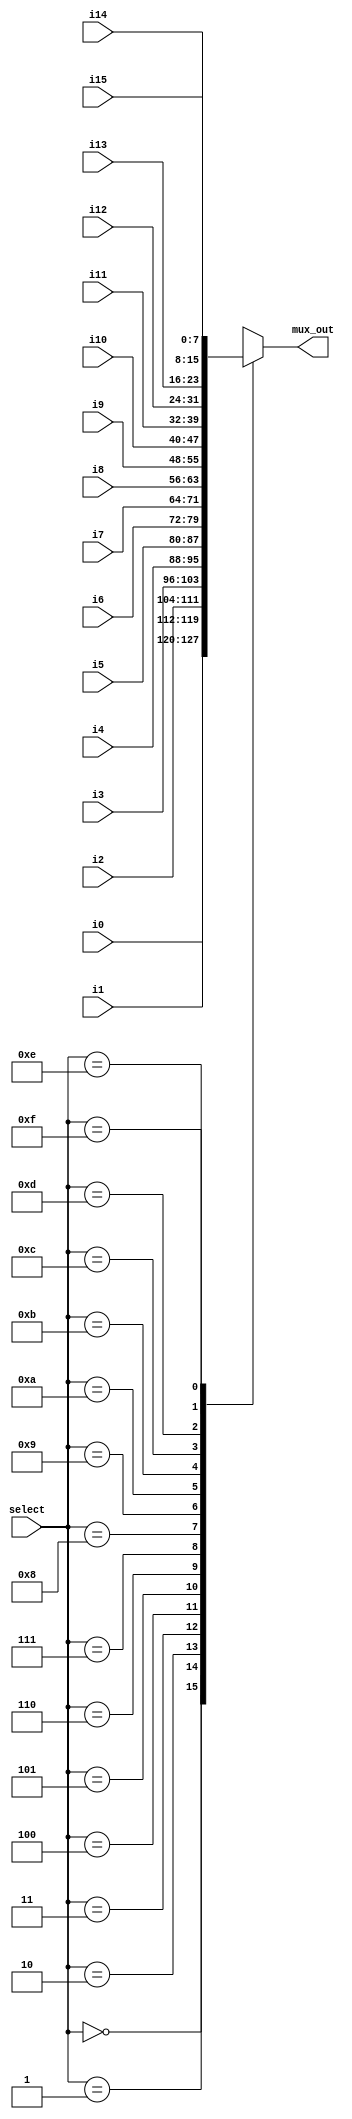
// **************************************************************
// You are not permitted to modify this file.
// ****************************************************************
//  Created by Tom Martin
//  15 October 2012
//
//
// mux16_1_8bits is a 16-to-1 mux that is 8 bits wide
// 

module mux16_1_8bits(mux_out, select, i15, i14, i13, i12, i11, i10, i9, i8, i7, i6, i5, i4, i3, i2, i1, i0);
	output [7:0] mux_out;
	input [3:0] select;
	input [7:0] i15, i14, i13, i12, i11, i10, i9, i8, i7, i6, i5, i4, i3, i2, i1, i0;
	
	
	reg [7:0] mux_out;
	// The syntax of the always statement is that i
	always @(select, i15, i14, i13, i12, i11, i10, i9, i8, i7, i6, i5, i4, i3, i2, i1, i0)
	begin	
		// x and z values are NOT treated as don't-care's
		case(select)
			4'd0: mux_out = i0;
			4'd1: mux_out = i1;
			4'd2: mux_out = i2;
			4'd3: mux_out = i3;
			4'd4: mux_out = i4;
			4'd5: mux_out = i5;
			4'd6: mux_out = i6;
			4'd7: mux_out = i7;
			4'd8: mux_out = i8;
			4'd9: mux_out = i9;
			4'd10: mux_out = i10;
			4'd11: mux_out = i11;
			4'd12: mux_out = i12;
			4'd13: mux_out = i13;
			4'd14: mux_out = i14;
			4'd15: mux_out = i15;
			// The default should never happen.
			default: mux_out = 8'bx;  
		endcase
    end


endmodule